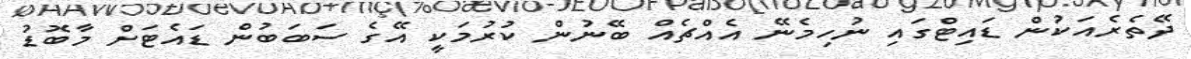
ދޭތެރެއަކުން ޑައިޓްގައި ނުހިމެނޭ އެއްޗެއް ބޭނުން ކުރުމަކީ އޭގެ ސަބަބުން ޑައެޓަށް މާބޮޑު